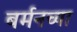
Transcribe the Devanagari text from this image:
बर्मनच्या